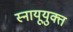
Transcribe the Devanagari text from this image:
स्नायूयुक्त